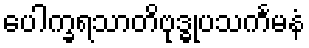
ပေါက္ခရသာတိဗုဒ္ဓုပသင်္ကမနံ